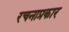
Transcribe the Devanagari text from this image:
रचनाप्रकार